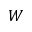
W